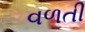
વળતી